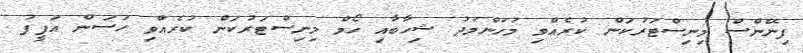
ފިނޭންސް މިނިސްޓަރުކަން ކުރެއްވި މުހަންމަދު ޝިހާބާއި ހޯމް މިނިސްޓަރުކަން ކުރެއްވި ހަސަން އަފީފު